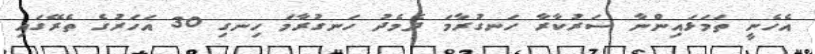
އެހެނީ ތަމަޅައިންނާ ސަރުކާރާ ހަނގުރާމަ ދެމެދު ހަނގުރާމަ ހިނގި 30 އަހަރުގެ ތެރޭގައި